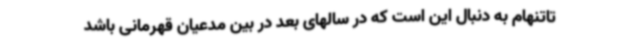
تاتنهام به دنبال این است که در سالهای بعد در بین مدعیان قهرمانی باشد